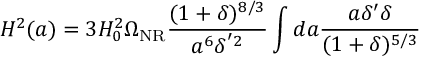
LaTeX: H ^ { 2 } ( a ) = 3 H _ { 0 } ^ { 2 } \Omega _ { \mathrm { N R } } \frac { ( 1 + \delta ) ^ { 8 / 3 } } { a ^ { 6 } \delta ^ { ' 2 } } \int d a \frac { a \delta ^ { \prime } \delta } { ( 1 + \delta ) ^ { 5 / 3 } }